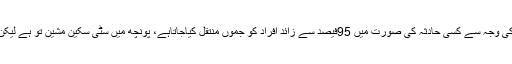
سٹی سکین جیسی ضروری سہولت نہ ہونے کی وجہ سے کسی حادثہ کی صورت میں 95فیصد سے زائد افراد کو جموں منتقل کیاجاتاہے، پونچھ میں سٹی سکین مشین تو ہے لیکن اس کو چلانے کے لئے ٹیکنیشن نہیں دیاگیا۔